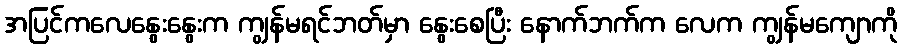
အပြင်ကလေနွေးနွေးက ကျွန်မရင်ဘတ်မှာ နွေးစေပြီး နောက်ဘက်က လေက ကျွန်မကျောကို